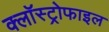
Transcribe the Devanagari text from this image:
क्लॉस्ट्रोफाइल